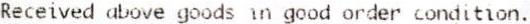
RECEIVED ABOVE GOODS IN GOOD ORDER CONDITION.